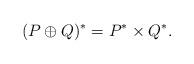
LaTeX: \begin{align*}(P\oplus Q )^*=P^*\times Q^*. \end{align*}